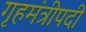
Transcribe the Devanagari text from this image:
गृहमंत्रीपदी